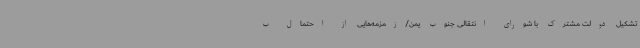
تشکیل دولت مشترک با شورای انتقالی جنوب یمن/زمزمه‌هایی از احتمال ب